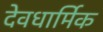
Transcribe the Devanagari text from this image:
देवधार्मिक